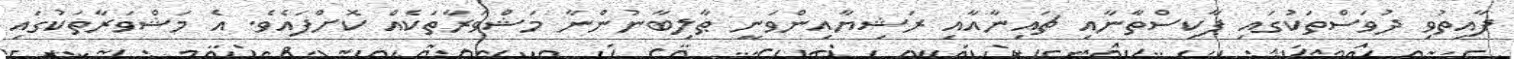
ފާއިތުވި ދުވަސްތަކުގައި ޕާކިސްތާނާއި ޗައިނާއާއި ރަޝިޔާއިންވަނީ ޠާލިބާނުންނާ މަޝްވަރާތަކެއް ކޮށްފައެވެ. އެ މަޝްވަރާތަކުގައި